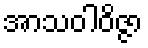
အာသဝါဝိဇ္ဇာ